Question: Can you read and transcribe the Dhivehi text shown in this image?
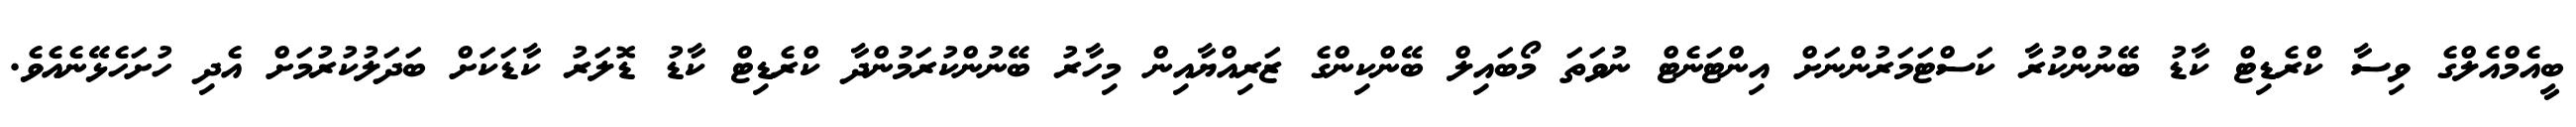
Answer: ބީއެމްއެލްގެ ވިސާ ކްރެޑިޓް ކާޑު ބޭނުންކުރާ ކަސްޓަމަރުންނަށް އިންޓަނެޓް ނުވަތަ މޯބައިލް ބޭންކިންގެ ޒަރިއްޔާއިން މިހާރު ބޭނުންކުރަމުންދާ ކްރެޑިޓް ކާޑު ޑޮލަރު ކާޑަކަށް ބަދަލުކުރުމަށް އެދި ހުށަހެޅޭނެއެވެ.